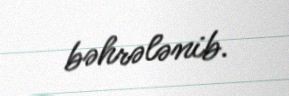
bəhrələnib.